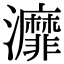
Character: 灖